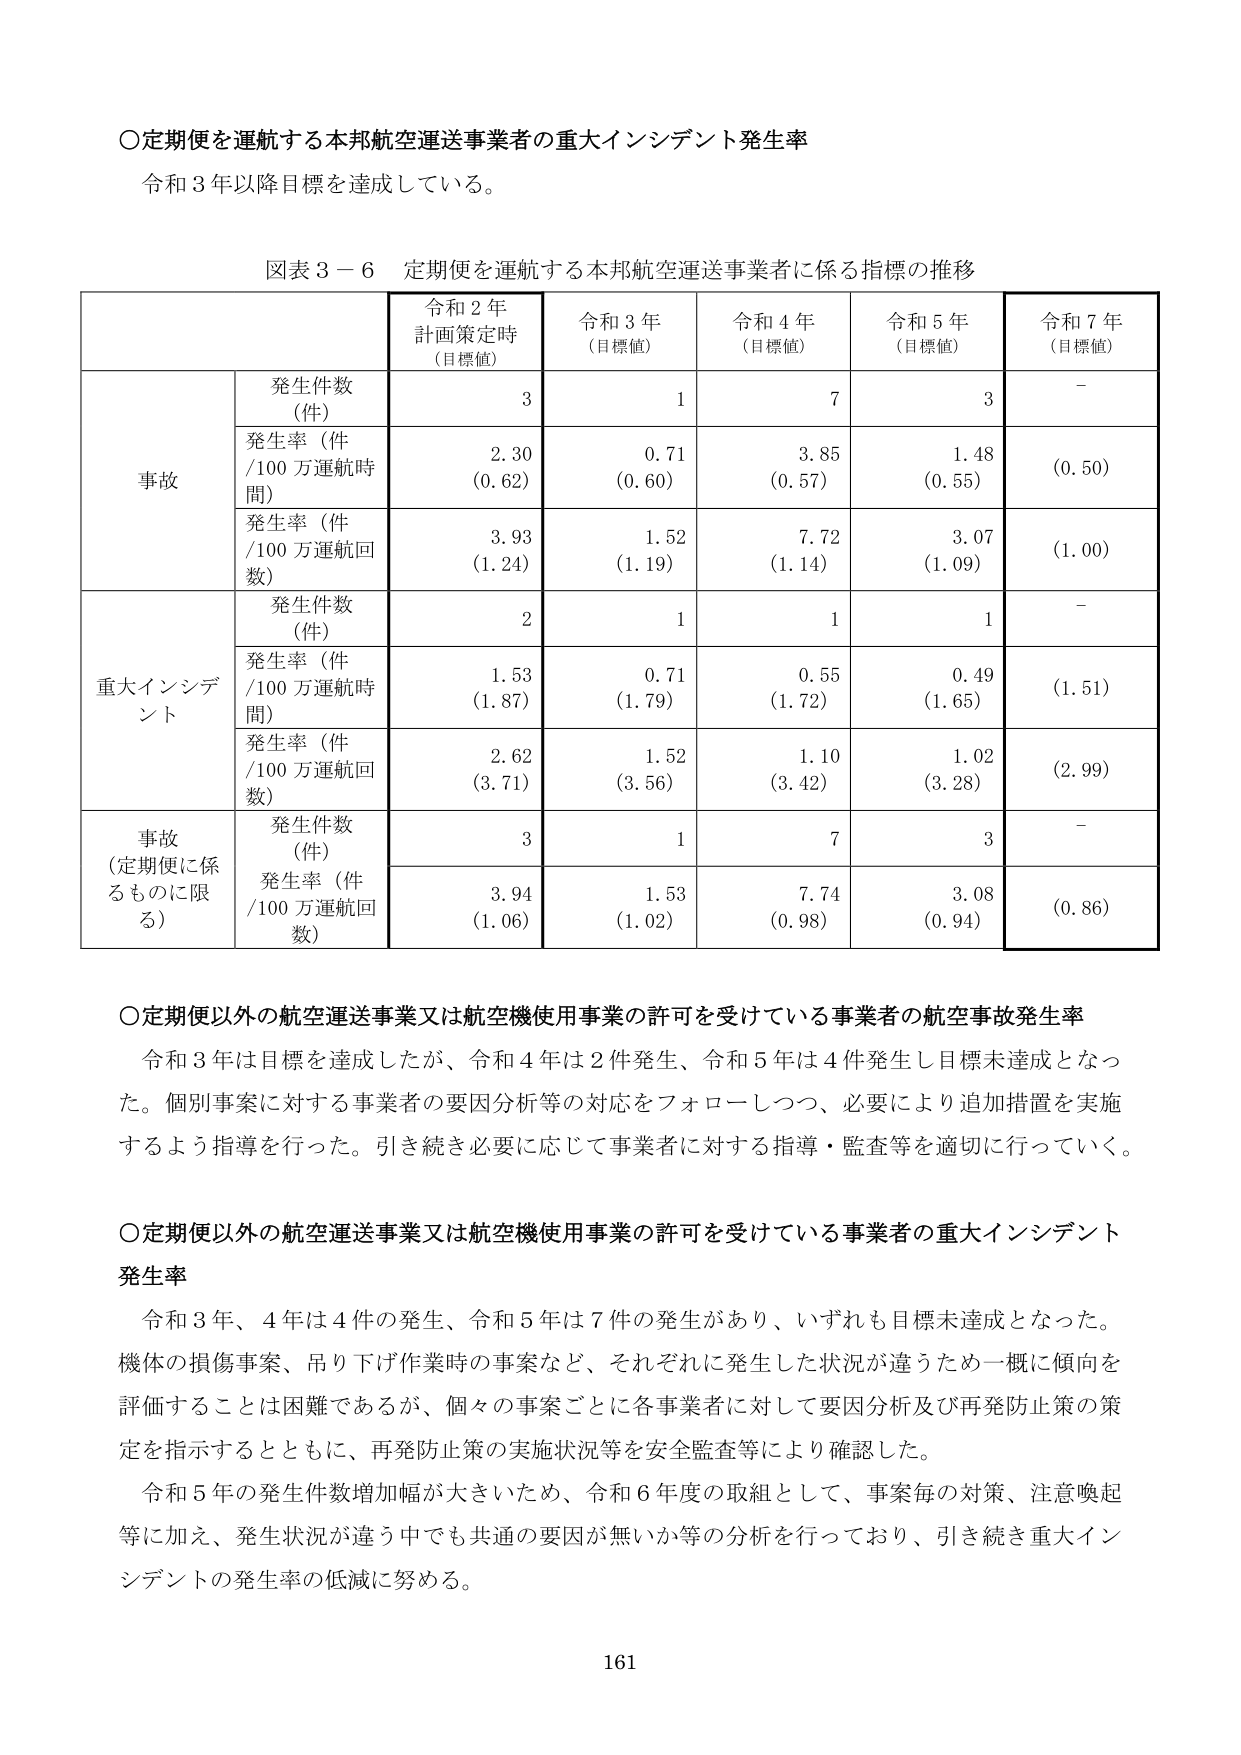
〇定期便を運航する本邦航空運送事業者の重大インシデント発生率
令和３年以降目標を達成している。

図表３－６ 定期便を運航する本邦航空運送事業者に係る指標の推移

| | | 令和２年 計画策定時 （目標値） | 令和３年 （目標値） | 令和４年 （目標値） | 令和５年 （目標値） | 令和７年 （目標値） |
|---|---|---|---|---|---|---|
| | 発生件数 （件） | 3 | 1 | 7 | 3 | - |
| 事故 | 発生率（件 /100万運航時間） | 2.30 (0.62) | 0.71 (0.60) | 3.85 (0.57) | 1.48 (0.55) | (0.50) |
| | 発生率（件 /100万運航回数） | 3.93 (1.24) | 1.52 (1.19) | 7.72 (1.14) | 3.07 (1.09) | (1.00) |
| | 発生件数 （件） | 2 | 1 | 1 | 1 | - |
| 重大インシデント | 発生率（件 /100万運航時間） | 1.53 (1.87) | 0.71 (1.79) | 0.55 (1.72) | 0.49 (1.65) | (1.51) |
| | 発生率（件 /100万運航回数） | 2.62 (3.71) | 1.52 (3.56) | 1.10 (3.42) | 1.02 (3.28) | (2.99) |
| 事故 （定期便に係るものに限る） | 発生件数 （件） | 3 | 1 | 7 | 3 | - |
| | 発生率（件 /100万運航回数） | 3.94 (1.06) | 1.53 (1.02) | 7.74 (0.98) | 3.08 (0.94) | (0.86) |

〇定期便以外の航空運送事業又は航空機使用事業の許可を受けている事業者の航空事故発生率
令和３年は目標を達成したが、令和４年は２件発生、令和５年は４件発生し目標未達成となった。個別事案に対する事業者の要因分析等の対応をフォローしつつ、必要により追加措置を実施するよう指導を行った。引き続き必要に応じて事業者に対する指導・監査等を適切に行っていく。

〇定期便以外の航空運送事業又は航空機使用事業の許可を受けている事業者の重大インシデント発生率
令和３年、４年は４件の発生、令和５年は７件の発生があり、いずれも目標未達成となった。機体の損傷事案、吊り下げ作業時の事案など、それぞれに発生した状況が違うため一概に傾向を評価することは困難であるが、個々の事案ごとに各事業者に対して要因分析及び再発防止策の策定を指示するとともに、再発防止策の実施状況等を安全監査等により確認した。
令和５年の発生件数増加幅が大きいため、令和６年度の取組として、事案毎の対策、注意喚起等に加え、発生状況が違う中でも共通の要因が無いか等の分析を行っており、引き続き重大インシデントの発生率の低減に努める。

161